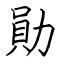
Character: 勛